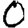
Digit: 0